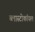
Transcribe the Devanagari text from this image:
ब्लास्टोकॉयल